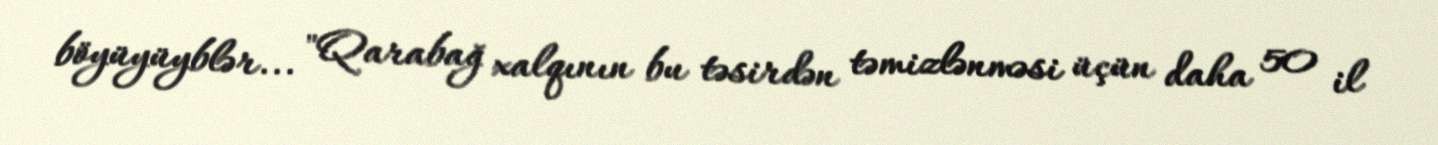
böyüyüyblər... "Qarabağ xalqının bu təsirdən təmizlənməsi üçün daha 50 il